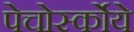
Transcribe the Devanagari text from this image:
पेचोर्स्कोये